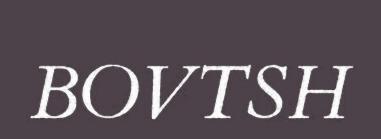
BOVTSH